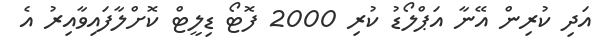
އަދި ކުރިން އޭނާ އަޕްލޯޑު ކުރި 2000 ފޮޓޯ ޑިލީޓް ކޮށްލާފައިވާއިރު އެ